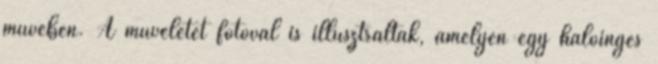
művében. A műveletet fotóval is illusztrálták, amelyen egy hálóinges